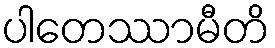
ပါတေဿာမီတိ